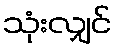
သုံးလျှင်